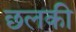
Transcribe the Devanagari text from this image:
छलकी